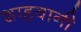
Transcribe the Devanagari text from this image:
शाहवानी